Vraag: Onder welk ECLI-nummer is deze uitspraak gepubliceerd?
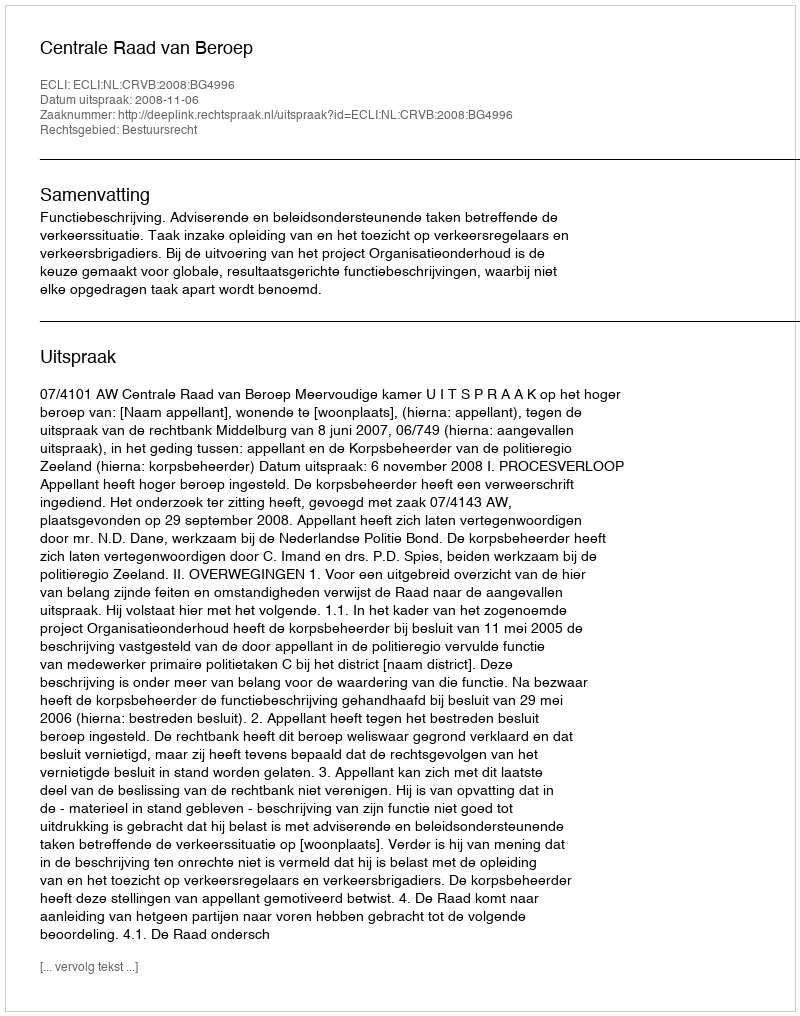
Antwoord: ECLI:NL:CRVB:2008:BG4996